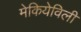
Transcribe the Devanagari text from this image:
मेकियेविली